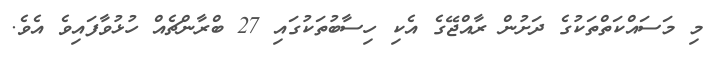
މި މަސައްކަތްތަކުގެ ދަށުން ރާއްޖޭގެ އެކި ހިސާބުތަކުގައި 27 ބްރާންޗެއް ހުޅުވާފައިވެ އެވެ.